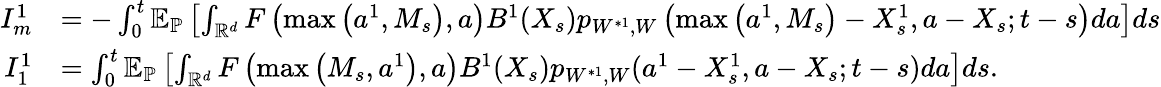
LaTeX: \begin{array}{rl}{I_{m}^{1}}&{=-\int_{0}^{t}{\mathbb E}_{\mathbb{P}}\left[\int_{{\mathbb R}^{d}}F\left(\operatorname*{max}\left({a^{1}},M_{s}\right),a\right)B^{1}(X_{s})p_{W^{*1},W}\left(\operatorname*{max}\left({a^{1}},M_{s}\right)-X_{s}^{1},a-X_{s};t-s\right)da\right]ds}\\ {I_{1}^{1}}&{=\int_{0}^{t}{\mathbb E}_{\mathbb{P}}\left[\int_{{\mathbb R}^{d}}F\left(\operatorname*{max}\left(M_{s},a^{1}\right),a\right)B^{1}(X_{s})p_{W^{*1},W}(a^{1}-{X_{s}^{1}},a-X_{s};t-s)da\right]ds.}\end{array}